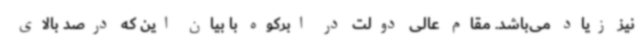
نیز زیاد می‌باشد. مقام عالی دولت در ابرکوه با بیان این که درصد بالای